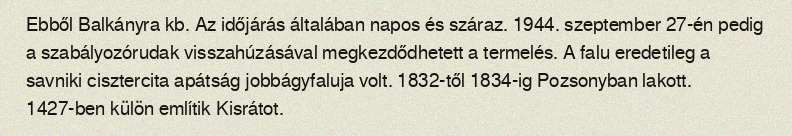
Ebből Balkányra kb. Az időjárás általában napos és száraz. 1944. szeptember 27-én pedig a szabályozórudak visszahúzásával megkezdődhetett a termelés. A falu eredetileg a savniki cisztercita apátság jobbágyfaluja volt. 1832-től 1834-ig Pozsonyban lakott. 1427-ben külön említik Kisrátot.